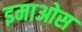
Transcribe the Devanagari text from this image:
इमाओस